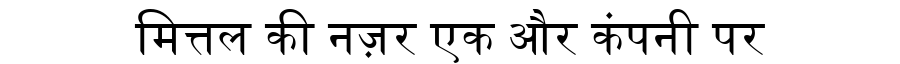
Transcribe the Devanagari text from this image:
मित्तल की नज़र एक और कंपनी पर